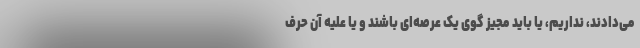
می‌دادند، نداریم، یا باید مجیز گوی یک عرصه‌ای باشند و یا علیه آن حرف